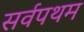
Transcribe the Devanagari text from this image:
सर्वपथम